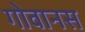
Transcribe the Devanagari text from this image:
गोवानस